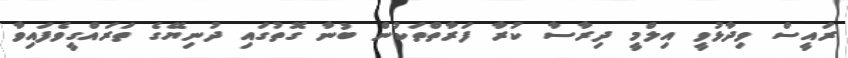
ރައީސް ވިދާޅުވީ އިލްމީ ދިރާސާ ކުރާ ފަރާތްތަކުން ބުނާ ގޮތުގައި ދުނިޔޭގެ ތަރައްގީވެފައިވާ